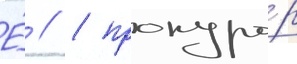
Е́ // / прокуро́р